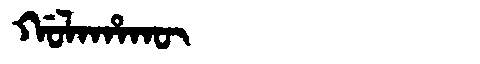
Manchu: ᡤᠣᠯᠠᡥᠠᡴᡡ
Romanization: GOLAHAKŪ